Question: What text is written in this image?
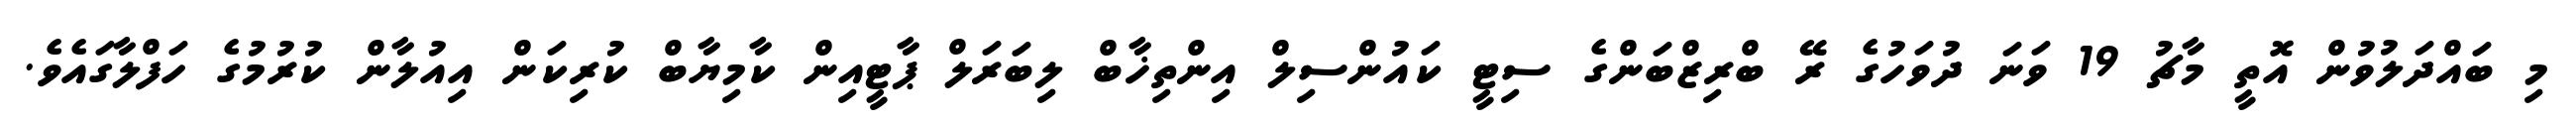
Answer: މި ބައްދަލުވުން އޮތީ މާޗު 19 ވަނަ ދުވަހުގެ ރޭ ބްރިޒްބަންގެ ސިޓީ ކައުންސިލް އިންތިޚާބް ލިބަރަލް ޕާޓީއިން ކާމިޔާބް ކުރިކަން އިއުލާން ކުރުމުގެ ހަފްލާގައެވެ.